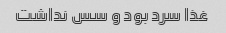
غذا سرد بود و سس نداشت